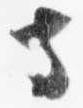
寺